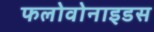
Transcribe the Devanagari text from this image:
फलोवोनाइडस